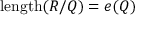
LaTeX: \operatorname { l e n g t h } ( R / Q ) = e ( Q )